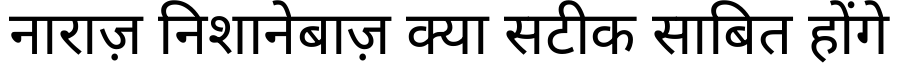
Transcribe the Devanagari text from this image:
नाराज़ निशानेबाज़ क्या सटीक साबित होंगे